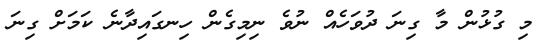
މި ގުޅުން މާ ގިނަ ދުވަހެއް ނުވެ ނިމިގެން ހިނގައިދާނެ ކަމަށް ގިނަ